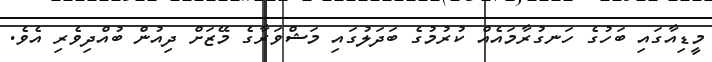
މީޑިއާގައި ބަހުގެ ހަނގުރާމައެއް ކުރުމުގެ ބަދަލުގައި މަޝްވަރާގެ މޭޒަށް ދިއުން ބުއްދިވެރި އެވެ.